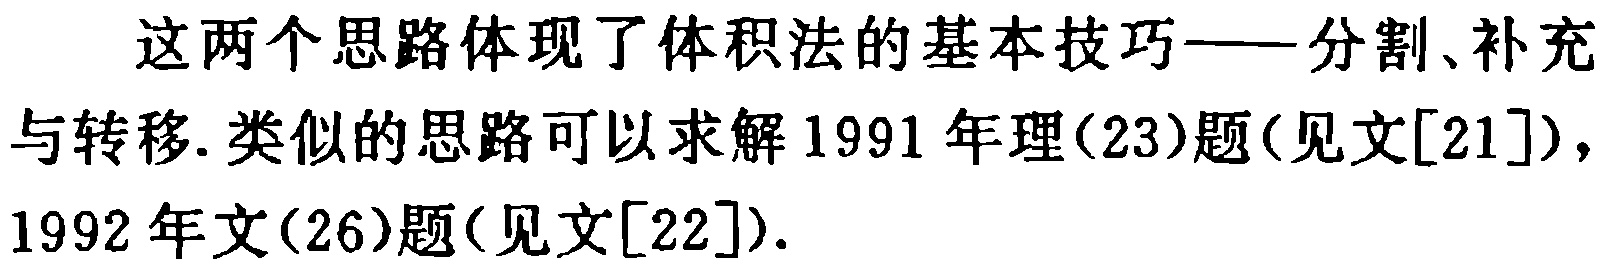
这两个思路体现了体积法的基本技巧——分割、补充与转移.类似的思路可以求解 1991 年理(23)题(见文[21]), 1992 年文(26)题(见文[22]).